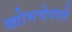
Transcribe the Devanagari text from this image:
खोमचेवाले